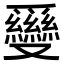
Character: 𠮗